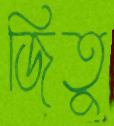
জিতু